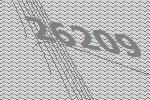
26209